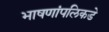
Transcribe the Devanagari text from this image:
भाषणांपलिकडे